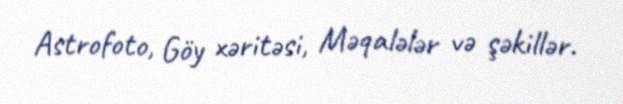
Astrofoto, Göy xəritəsi, Məqalələr və şəkillər.